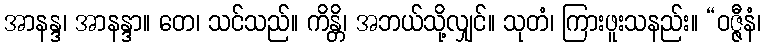
အာနန္ဒ၊ အာနန္ဒာ။ တေ၊ သင်သည်။ ကိန္တိ၊ အဘယ်သို့လျှင်။ သုတံ၊ ကြားဖူးသနည်း။ “ဝဇ္ဇီနံ၊